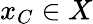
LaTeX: x_{C}\in X